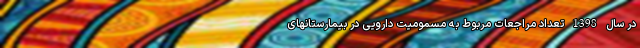
در سال 1398 تعداد مراجعات مربوط به مسمومیت دارویی در بیمارستانهای